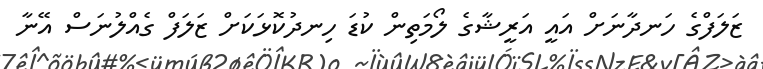
ޒަލަފްގެ ހަނދާނަށް އައީ އަރީޝާގެ ލޯމަތިން ކުޑަ ހިނދުކޮޅަކަށް ޒަލަފް ގެއްލުނަސް އޭނާ